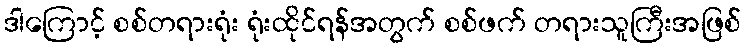
ဒါကြောင့် စစ်တရားရုံး ရုံးထိုင်ရန်အတွက် စစ်ဖက် တရားသူကြီးအဖြစ်